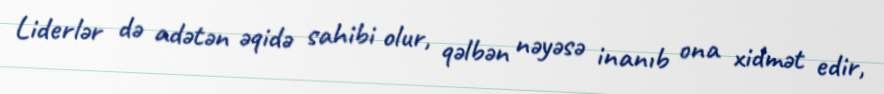
Liderlər də adətən əqidə sahibi olur, qəlbən nəyəsə inanıb ona xidmət edir,